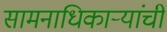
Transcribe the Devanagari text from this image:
सामनाधिकार्‍यांची